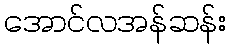
အောင်လအန်ဆန်း